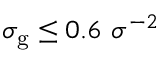
\sigma _ { \mathrm { g } } \leq 0 . 6 ~ \sigma ^ { - 2 }